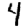
Digit: 4